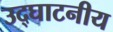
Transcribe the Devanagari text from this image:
उद्घाटनीय